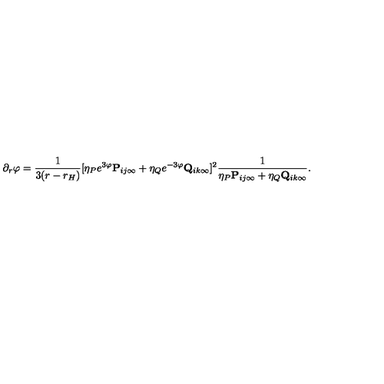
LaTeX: \partial _ { r } \varphi = { \frac { 1 } { 3 ( r - r _ { H } ) } } [ \eta _ { P } e ^ { 3 \varphi } { \bf P } _ { i j \infty } + \eta _ { Q } e ^ { - { 3 \varphi } } { \bf Q } _ { i k \infty } ] ^ { 2 } { \frac { 1 } { \eta _ { P } { \bf P } _ { i j \infty } + \eta _ { Q } { \bf Q } _ { i k \infty } } } .